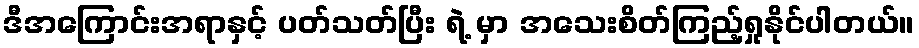
ဒီအကြောင်းအရာနှင့် ပတ်သတ်ပြီး ရဲ့ မှာ အသေးစိတ်ကြည့်ရှုနိုင်ပါတယ်။